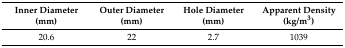
<table><thead><tr><td><b>Inner Diameter (mm)</b></td><td><b>Outer Diameter (mm)</b></td><td><b>Hole Diameter (mm)</b></td><td><b>Apparent Density (kg/m<sup>3</sup>)</b></td></tr></thead><tbody><tr><td>20.6</td><td>22</td><td>2.7</td><td>1039</td></tr></tbody></table>